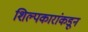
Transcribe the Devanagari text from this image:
शिल्पकारांकडून